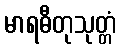
မာရဓီတုသုတ္တံ